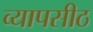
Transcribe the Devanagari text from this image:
व्यापसीठ